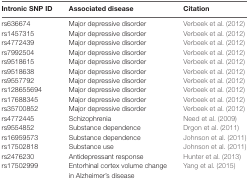
<table><thead><tr><td><b>Intronic SNP ID</b></td><td><b>Associated disease</b></td><td><b>Citation</b></td></tr></thead><tbody><tr><td>rs636674</td><td>Major depressive disorder</td><td>Verbeek et al. (2012)</td></tr><tr><td>rs1457315</td><td>Major depressive disorder</td><td>Verbeek et al. (2012)</td></tr><tr><td>rs4772439</td><td>Major depressive disorder</td><td>Verbeek et al. (2012)</td></tr><tr><td>rs7992504</td><td>Major depressive disorder</td><td>Verbeek et al. (2012)</td></tr><tr><td>rs9518615</td><td>Major depressive disorder</td><td>Verbeek et al. (2012)</td></tr><tr><td>rs9518638</td><td>Major depressive disorder</td><td>Verbeek et al. (2012)</td></tr><tr><td>rs9557792</td><td>Major depressive disorder</td><td>Verbeek et al. (2012)</td></tr><tr><td>rs128655694</td><td>Major depressive disorder</td><td>Verbeek et al. (2012)</td></tr><tr><td>rs17688345</td><td>Major depressive disorder</td><td>Verbeek et al. (2012)</td></tr><tr><td>rs35700852</td><td>Major depressive disorder</td><td>Verbeek et al. (2012)</td></tr><tr><td>rs4772445</td><td>Schizophrenia</td><td>Need et al. (2009)</td></tr><tr><td>rs9554852</td><td>Substance dependence</td><td>Drgon et al. (2011)</td></tr><tr><td>rs16959573</td><td>Substance dependence</td><td>Johnson et al. (2011)</td></tr><tr><td>rs17502818</td><td>Substance use</td><td>Johnson et al. (2011)</td></tr><tr><td>rs2476230</td><td>Antidepressant response</td><td>Hunter et al. (2013)</td></tr><tr><td>rs17502999</td><td>Entorhinal cortex volume change in Alzheimer’s disease</td><td>Yang et al. (2015)</td></tr></tbody></table>